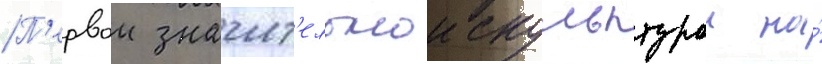
П'ервои значит'ельнои скульптурои на́